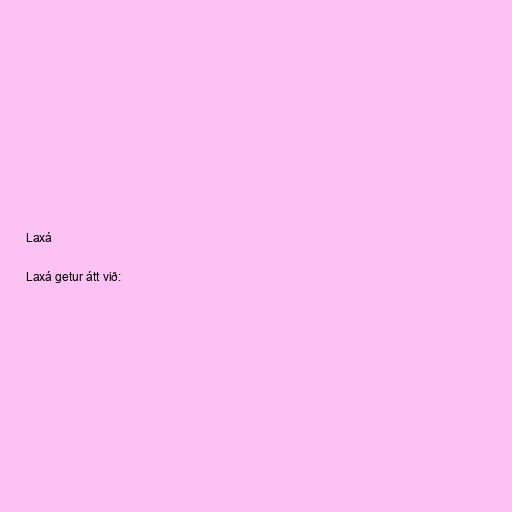
Laxá

Laxá getur átt við: